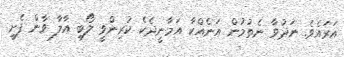
އަރައެވެ. ނަދުވާ ނެތުމުން އަނެއްކާ އަމާނީދެކެ ކުރިންވީ ލޯބި އާލާ ވާން ފެށީ